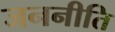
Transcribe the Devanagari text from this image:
जननीति